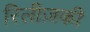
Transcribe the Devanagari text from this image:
रिलीज़की